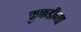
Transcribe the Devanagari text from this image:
कुकडीच्या